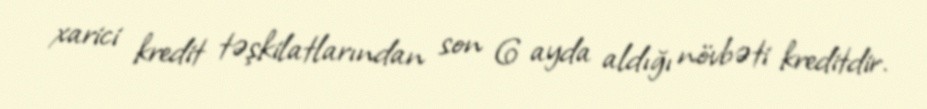
xarici kredit təşkilatlarından son 6 ayda aldığı növbəti kreditdir.